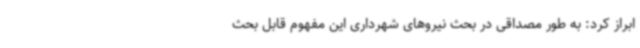
ابراز کرد: به طور مصداقی در بحث نیروهای شهرداری این مفهوم قابل بحث